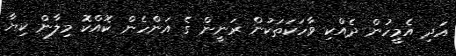
އަދި އެމީހުން ދެއްކި ވާހަކަތަކުން ރަނީން ގެ އަންހެން ކޮއްކޮ މިލާން ކިޔާ